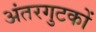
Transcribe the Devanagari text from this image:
अंतरगुटकों